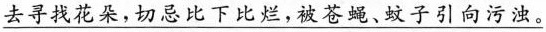
\underline{去寻找花朵，切忌比下比烂，被苍蝇、蚊子引向污浊。}